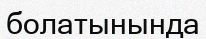
болатынында